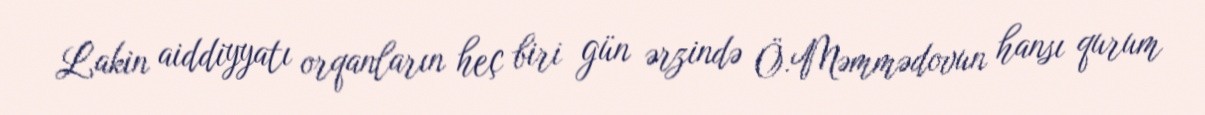
Lakin aiddiyyatı orqanların heç biri gün ərzində Ö.Məmmədovun hansı qurum